Annual administration and progress report of the Indian Medical Department, Bombay
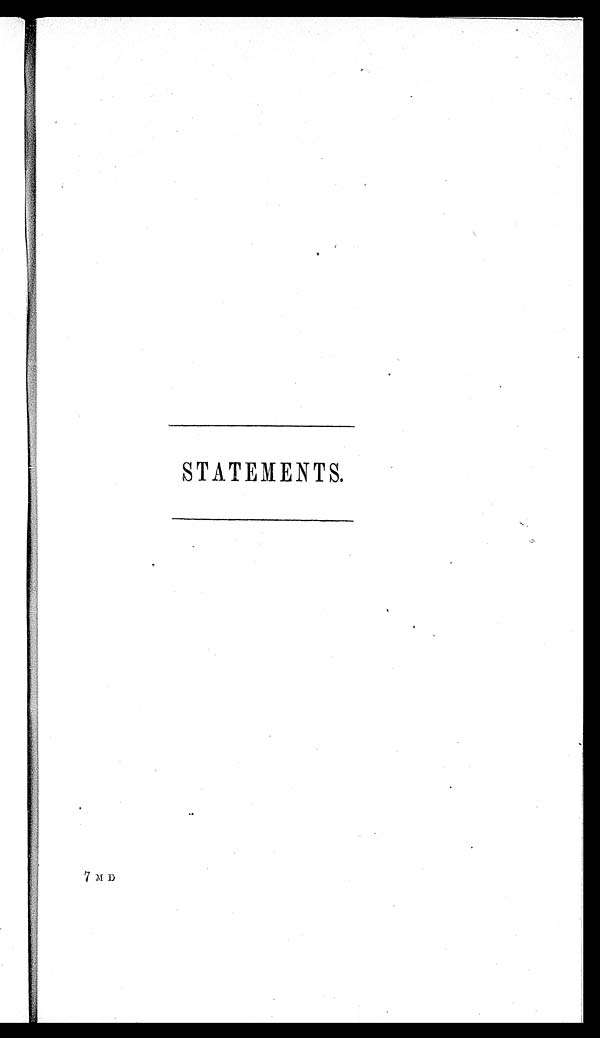
STATEMENTS.
7 M D